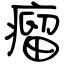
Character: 瘤